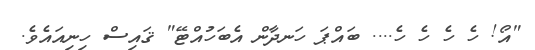
"އޯ! ހެ ހެ ހެ ހެ.... ބައްޕަ ހަނދާން އެބަހުއްޓޭ" ޤައިސް ހިނިއައެވެ.